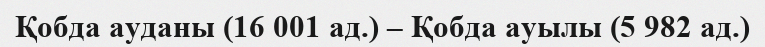
Қобда ауданы (16 001 ад.) – Қобда ауылы (5 982 ад.)